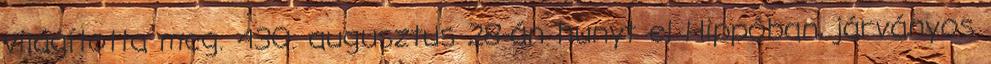
világította meg. 430. augusztus 28-án hunyt el Hippóban, járványos